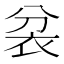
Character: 𮕮